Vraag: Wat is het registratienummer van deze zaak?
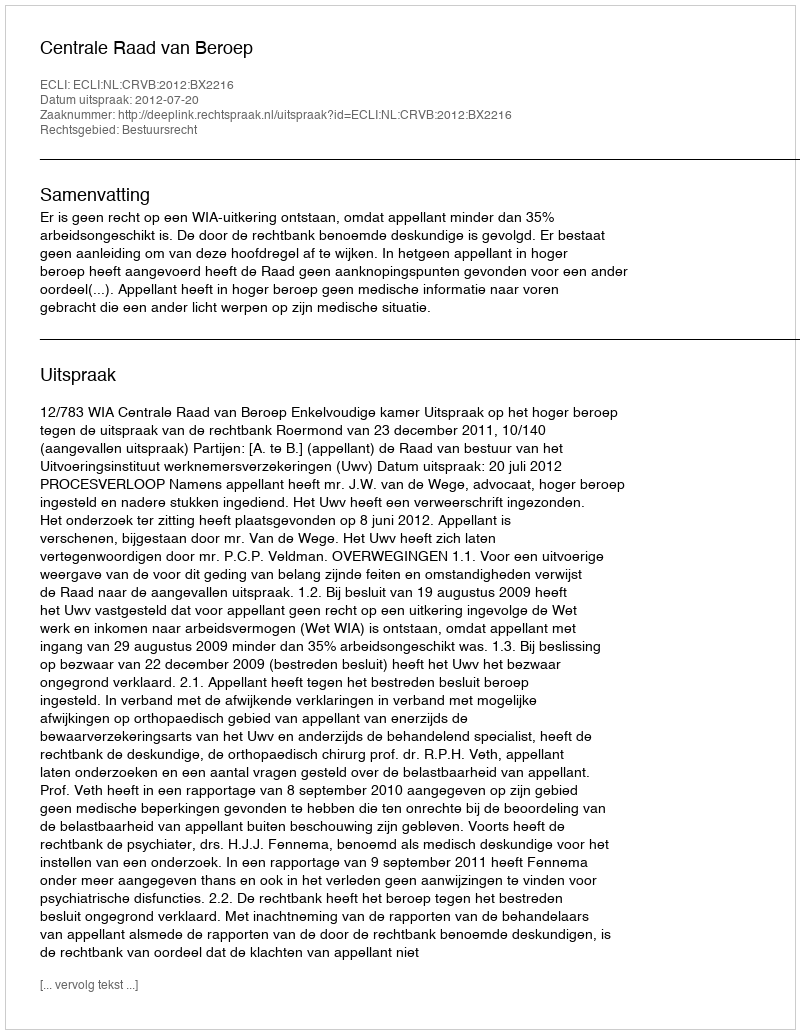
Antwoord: http://deeplink.rechtspraak.nl/uitspraak?id=ECLI:NL:CRVB:2012:BX2216